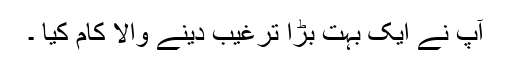
آپ نے ایک بہت بڑا ترغیب دینے والا کام کیا ۔